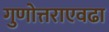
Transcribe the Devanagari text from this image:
गुणोत्तराएवढा